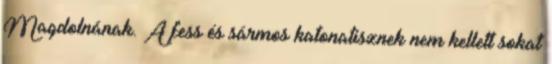
Magdolnának. A fess és sármos katonatisznek nem kellett sokat